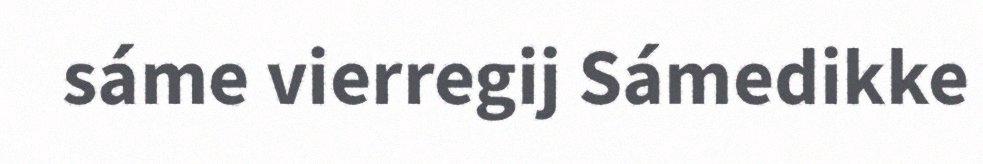
sáme vierregij Sámedikke